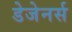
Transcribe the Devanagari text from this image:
डेजेनर्स